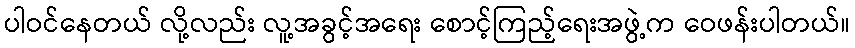
ပါဝင်နေတယ် လို့လည်း လူ့အခွင့်အရေး စောင့်ကြည့်ရေးအဖွဲ့က ဝေဖန်းပါတယ်။